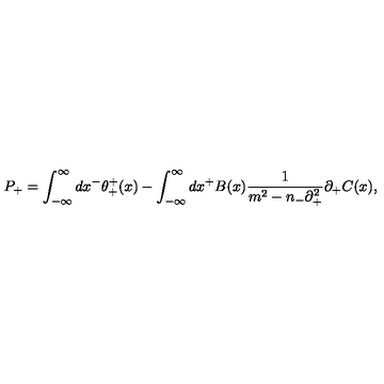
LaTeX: P _ { + } = \int _ { - { \infty } } ^ { \infty } d x ^ { - } { \theta } _ { + } ^ { + } ( x ) - \int _ { - { \infty } } ^ { \infty } d x ^ { + } B ( x ) \frac { 1 } { m ^ { 2 } - n _ { - } { \partial } _ { + } ^ { 2 } } { \partial } _ { + } C ( x ) ,